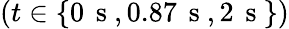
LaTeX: \left(t\in\{ 0\, \mathrm{~s~},0.87\, \mathrm{~s~},2\, \mathrm{~s~}\} \right)